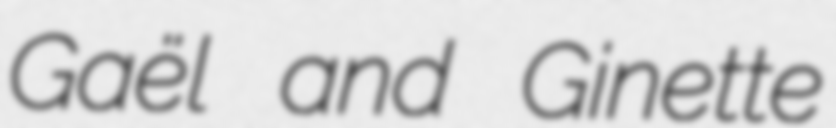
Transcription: Gaël and Ginette